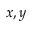
x , y